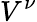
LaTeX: V^{\nu}